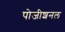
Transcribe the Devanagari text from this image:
पोजीशनल